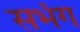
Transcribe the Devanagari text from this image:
सभंग